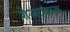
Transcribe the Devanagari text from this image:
शेअरधारक